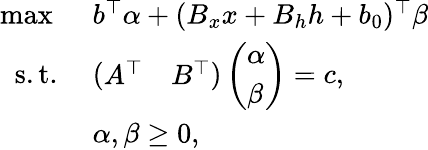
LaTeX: \begin{array}{rl}{\operatorname*{max}\ }&{b^{\top}\alpha+(B_{x}x+B_{h}h+b_{0})^{\top}\beta}\\ {\mathrm{s.t.}\ }&{\left(\begin{array}{ll}{A^{\top}}&{B^{\top}}\end{array}\right)\left(\begin{array}{l}{\alpha}\\ {\beta}\end{array}\right)=c,}\\ &{\alpha,\beta\geq 0,}\end{array}